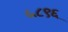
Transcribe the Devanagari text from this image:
५८९६